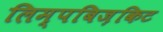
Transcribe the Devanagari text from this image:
लिम्पबिज़किट